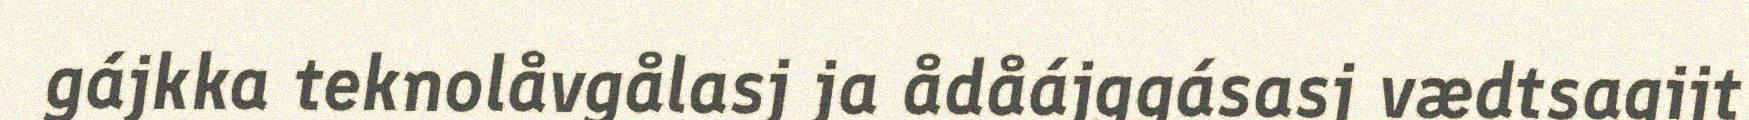
gájkka teknolåvgålasj ja ådåájggásasj vædtsagijt